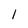
Character: l